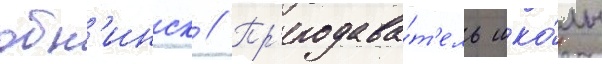
обн'инск // Пр'еподава́т'ель шко́лы